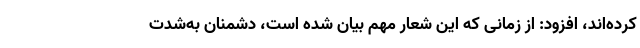
کرده‌اند، افزود: از زمانی که این شعار مهم بیان شده است، دشمنان به‌شدت